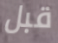
قبل